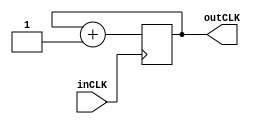
module AHBPmodPrescaler(
  input wire inCLK,
  output wire outCLK
    );

reg counter;

always @(posedge inCLK)
  counter <= counter + 1'b1;
  
assign outCLK = counter == 1'b1;

endmodule